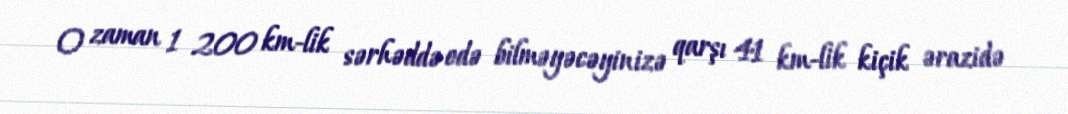
O zaman 1 200 km-lik sərhəddə edə bilməyəcəyinizə qarşı 41 km-lik kiçik ərazidə